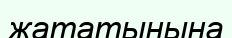
жататынына